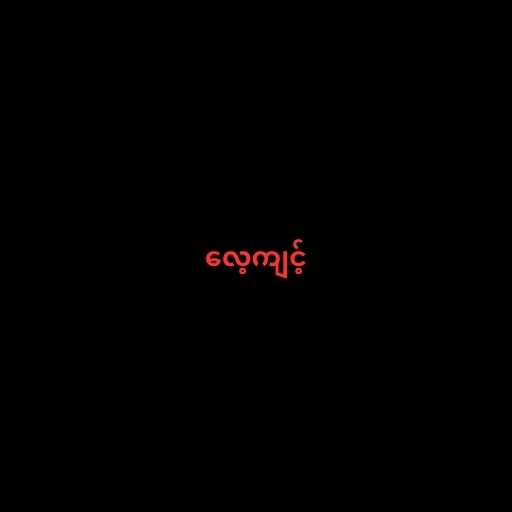
လေ့ကျင့်